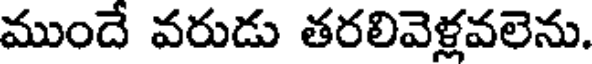
ముందే వరుడు తరలివెళ్లవలెను.